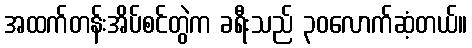
အထက်တန်းအိပ်စင်တွဲက ခရီးသည် ၃၀လောက်ဆံ့တယ်။